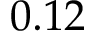
0 . 1 2